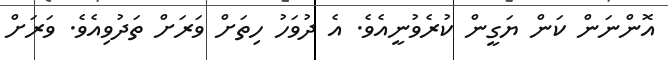
އޮންނަން ކަން ޔަގީން ކުރެވުނީއެވެ. އެ ދުވަހު ހިތަށް ވަރަށް ތަދުވިއެވެ. ވަރަށް